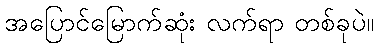
အပြောင်မြောက်ဆုံး လက်ရာ တစ်ခုပဲ။